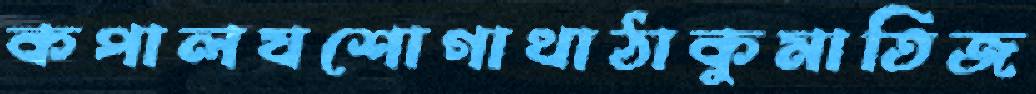
কপালযশোগাথাঠাকুমাতিজ